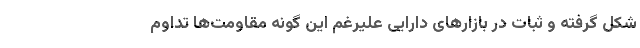
شکل گرفته و ثبات در بازارهای دارایی علیرغم این گونه مقاومت‌ها تداوم